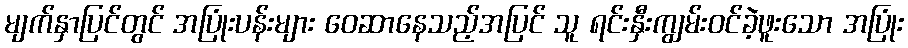
မျက်နှာပြင်တွင် အပြုံးပန်းများ ဝေဆာနေသည့်အပြင် သူ ရင်းနှီးကျွမ်းဝင်ခဲ့ဖူးသော အပြုံး